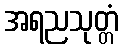
အရညသုတ္တံ